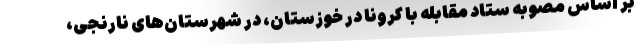
بر اساس مصوبه ستاد مقابله با کرونا در خوزستان، در شهرستان‌های نارنجی،